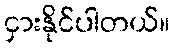
ငှားနိုင်ပါတယ်။